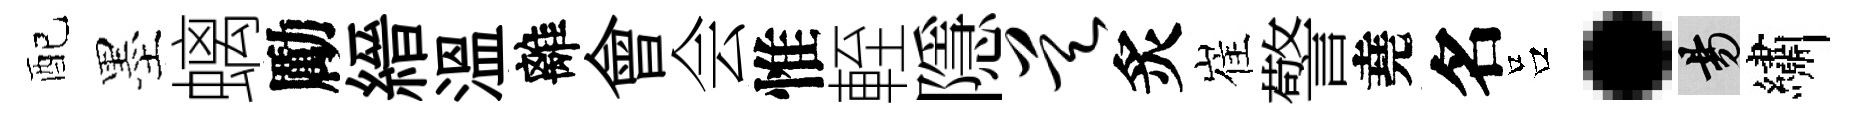
配墨螭勵縉溫離會会惟輊隱昊炙崔警堯名吕·昜繡